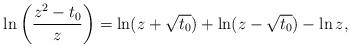
LaTeX: \begin{align*}\ln \left(\frac{ z^{2}-t_{0}}{z}\right) = \ln(z+\sqrt{t_{0}}) + \ln(z-\sqrt{t_{0}}) - \ln z,\end{align*}